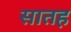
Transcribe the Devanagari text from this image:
सातह